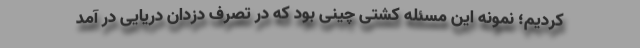
کردیم؛ نمونه این مسئله کشتی چینی بود که در تصرف دزدان دریایی در آمد